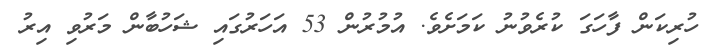
ހުރިކަން ފާހަގަ ކުރެވުނު ކަމަށެވެ. އުމުރުން 53 އަހަރުގައި ޝަހުބާން މަރުވި އިރު